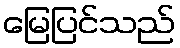
မြေပြင်သည်